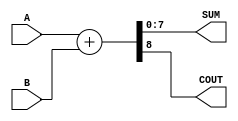
module Parameterized_Adder #(
    parameter WIDTH = 8  // Default bit-width is set to 8
) (
    input  wire [WIDTH-1:0] A,   // First input operand
    input  wire [WIDTH-1:0] B,   // Second input operand
    output wire [WIDTH-1:0] SUM,  // Sum output
    output wire COUT              // Carry out output
);

// Behavioral Logic for Addition
assign {COUT, SUM} = A + B; // Concatenate COUT and SUM

endmodule